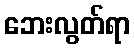
ဘေးလွတ်ရာ